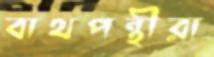
বাথপন্থীরা